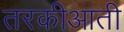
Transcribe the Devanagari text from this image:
तरकीआती